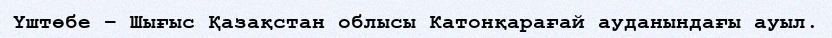
Үштөбе – Шығыс Қазақстан облысы Катонқарағай ауданындағы ауыл.